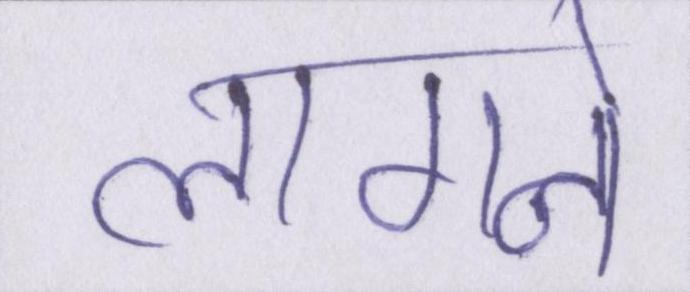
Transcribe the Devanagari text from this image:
लागने